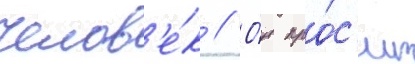
челов'е́к // О́н про́с'ит